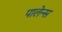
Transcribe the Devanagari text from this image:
पालेन्स